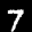
Label: 7